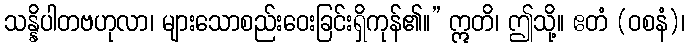
သန္နိပါတဗဟုလာ၊ များသောစည်းဝေးခြင်းရှိကုန်၏။” ဣတိ၊ ဤသို့။ ဧတံ (ဝစနံ)၊